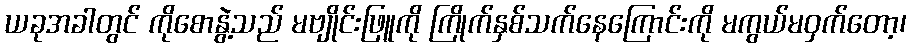
ယခုအခါတွင် ကိုစောနွဲ့သည် မဗျိုင်းဖြူကို ကြိုက်နှစ်သက်နေကြောင်းကို မကွယ်မဝှက်တော့၊